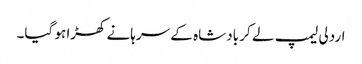
اردلی لیمپ لے کر بادشاہ کے سرہانے کھڑا ہو گیا۔